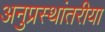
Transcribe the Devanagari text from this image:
अनुप्रस्थांतरीया